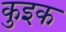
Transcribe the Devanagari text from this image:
कुइक